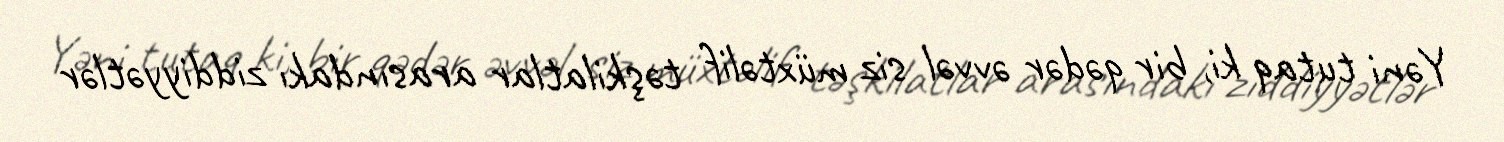
Yəni tutaq ki, bir qədər əvvəl siz müxtəlif təşkilatlar arasındakı ziddiyyətlər